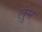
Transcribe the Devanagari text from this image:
लुम